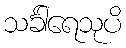
သင်္ခါရေသုပိ